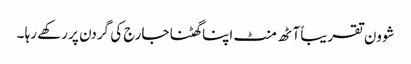
شوون تقریباً آٹھ منٹ اپنا گھٹنا جارج کی گردن پر رکھے رہا ۔